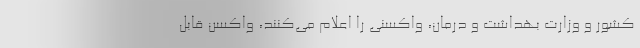
کشور و وزارت بهداشت و درمان، واکسنی را اعلام می‌کنند، واکسن قابل